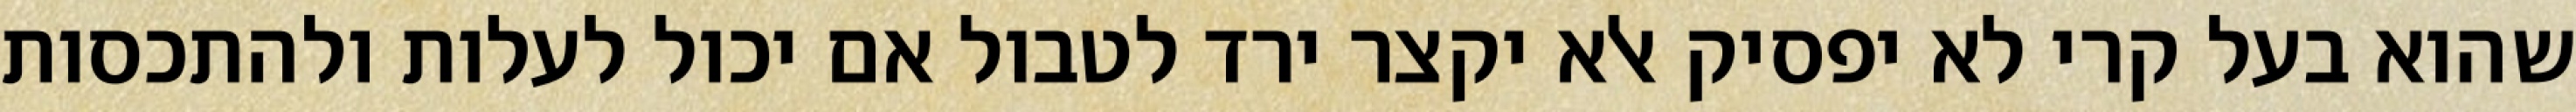
שהוא בעל קרי לא יפסיק אלא יקצר ירד לטבול אם יכול לעלות ולהתכסות